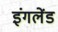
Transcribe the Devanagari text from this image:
इंगलेंड